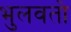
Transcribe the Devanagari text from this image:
भुलवतो